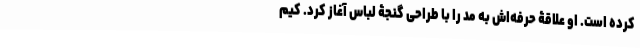
کرده است. او علاقۀ حرفه‌اش به مد را با طراحی گنجۀ لباس آغاز کرد. کیم